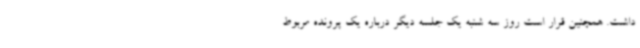
داشت. همچنین قرار است روز سه شنبه یک جلسه دیگر درباره یک پرونده مربوط